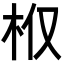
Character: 𣏘